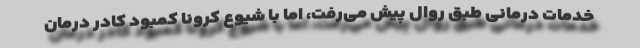
خدمات درمانی طبق روال پیش می‌رفت، اما با شیوع کرونا کمبود کادر درمان